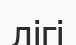
лігі